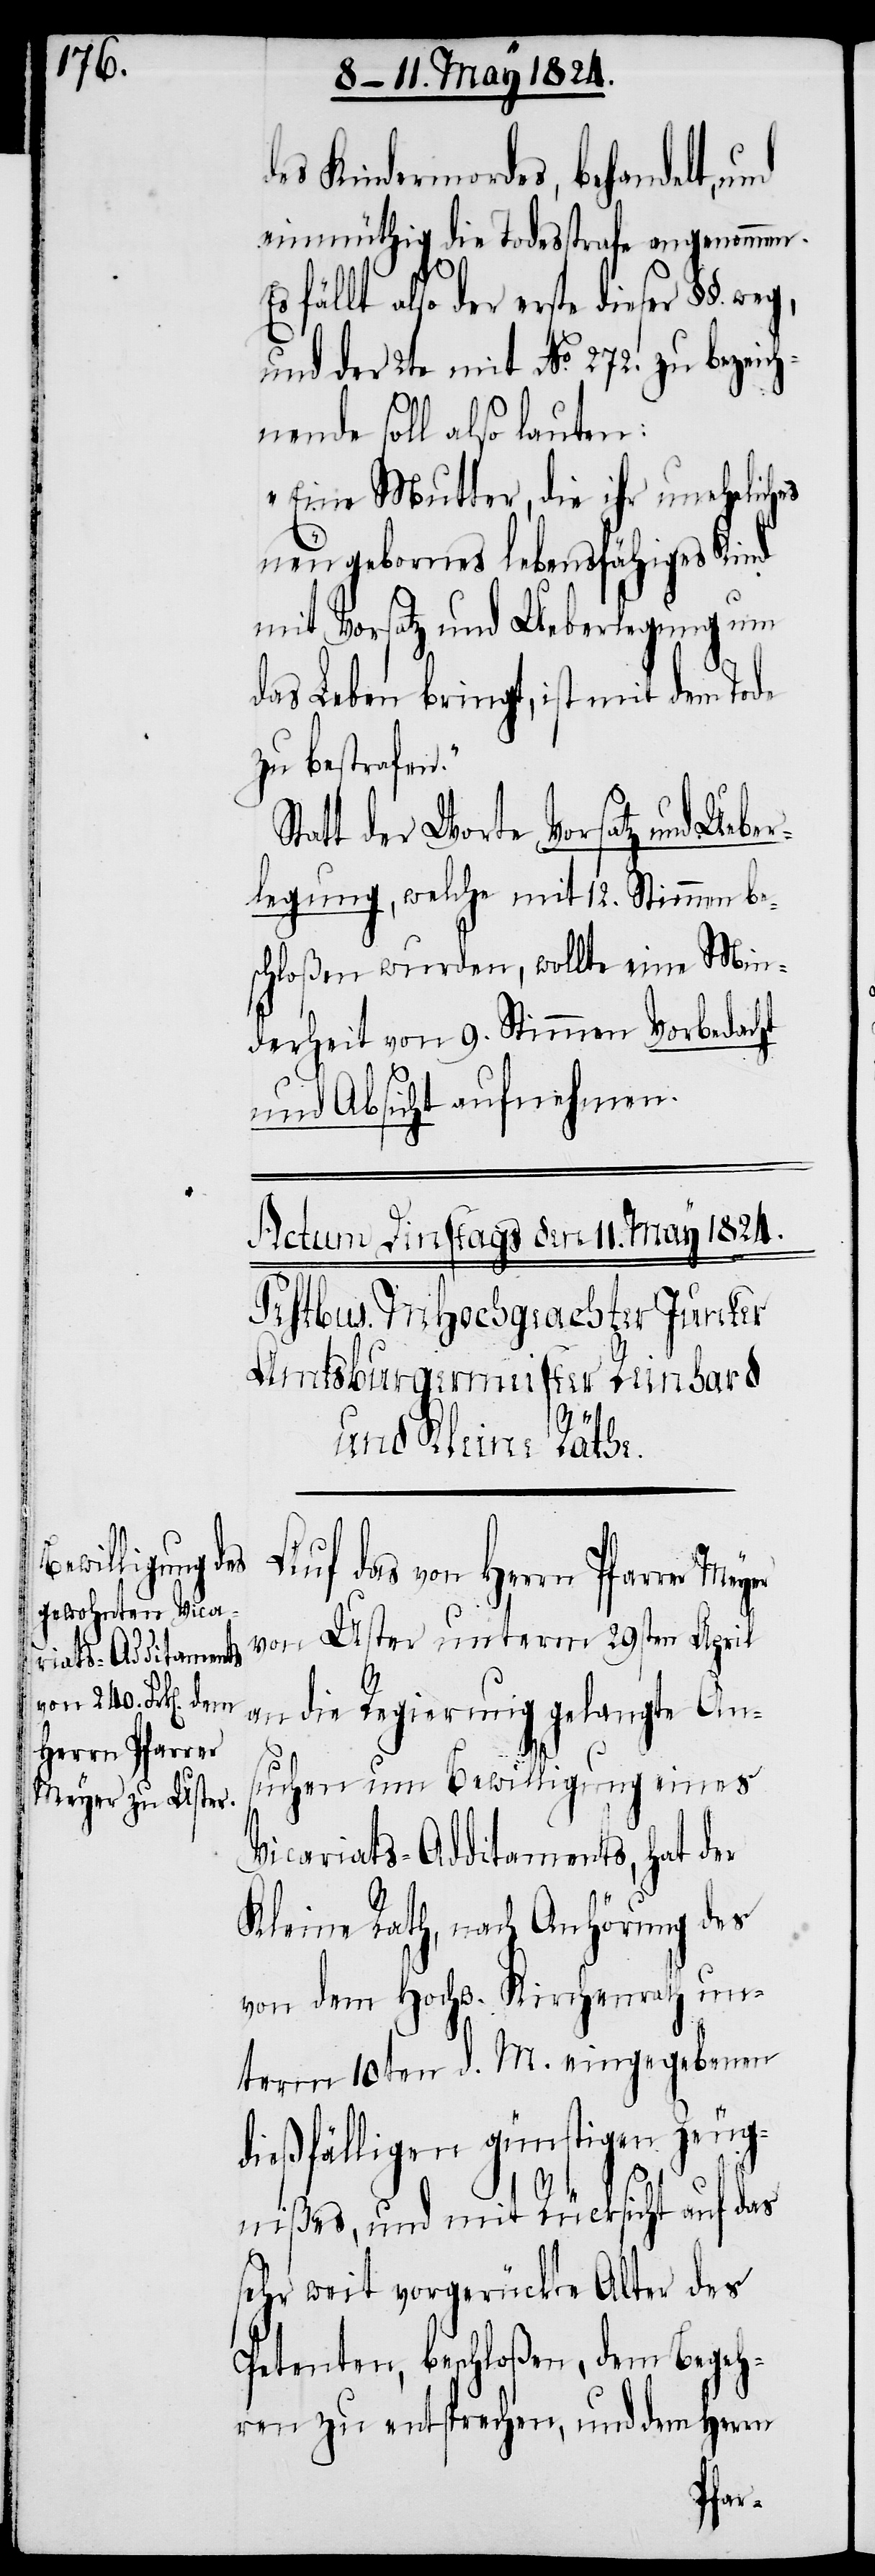
des Kindermordes, behandelt, und
einmüthig die Todesstrafe angenommen.
fällt also der erste dieser §§.
und der 2te mit No. 272. zu bezeich¬
nende soll also lauten:
„Eine Mutter, die ihr uneheliches
neu geborenes lebensfähiges Kind
mit Vorsatz und Ueberlegung um
das Leben bringt, ist mit dem Tode
zu bestrafen.“
Statt der Worte Vorsatz und Ueber¬
legung, welche mit 12. Stimmen bes¬
chloßen wurden, wollte eine Min¬
derheit von 9. Stimmen Vorbedacht
und Absicht aufnehmen.
Auf das von Herrn Pfarrer
Uster unterm 29sten April
an die Regierung gelangte An¬
suchen um Bewilligung eines
Vicariats-Additaments, hat der
Kleine Rath, nach Anhörung des
von dem Hochw. Kirchenrath un¬
term 10ten d. M. eingegebenen
dießfälligen günstigen Zeug¬
nißes, und mit Rücksicht auf das
sehr weit vorgerückte Alter des
Petenten, beschloßen, dem Begeh¬
ren zu entsprechen, und dem Herrn